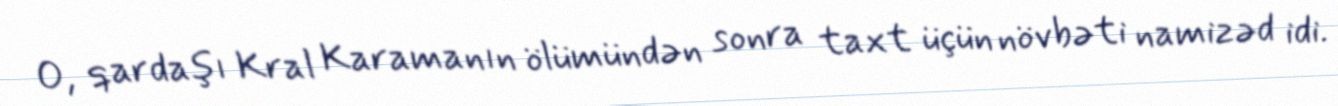
O, qardaşı Kral Karamanın ölümündən sonra taxt üçün növbəti namizəd idi.